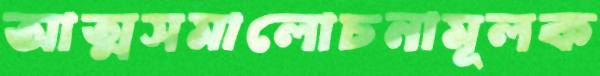
আত্মসমালোচনামূলক